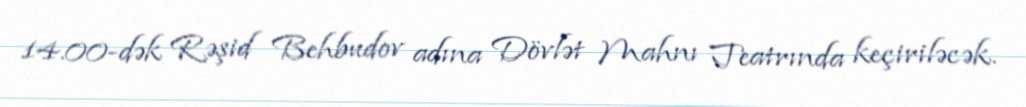
14.00-dək Rəşid Behbudov adına Dövlət Mahnı Teatrında keçiriləcək.